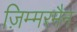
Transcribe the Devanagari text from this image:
ज़िम्मरमैन